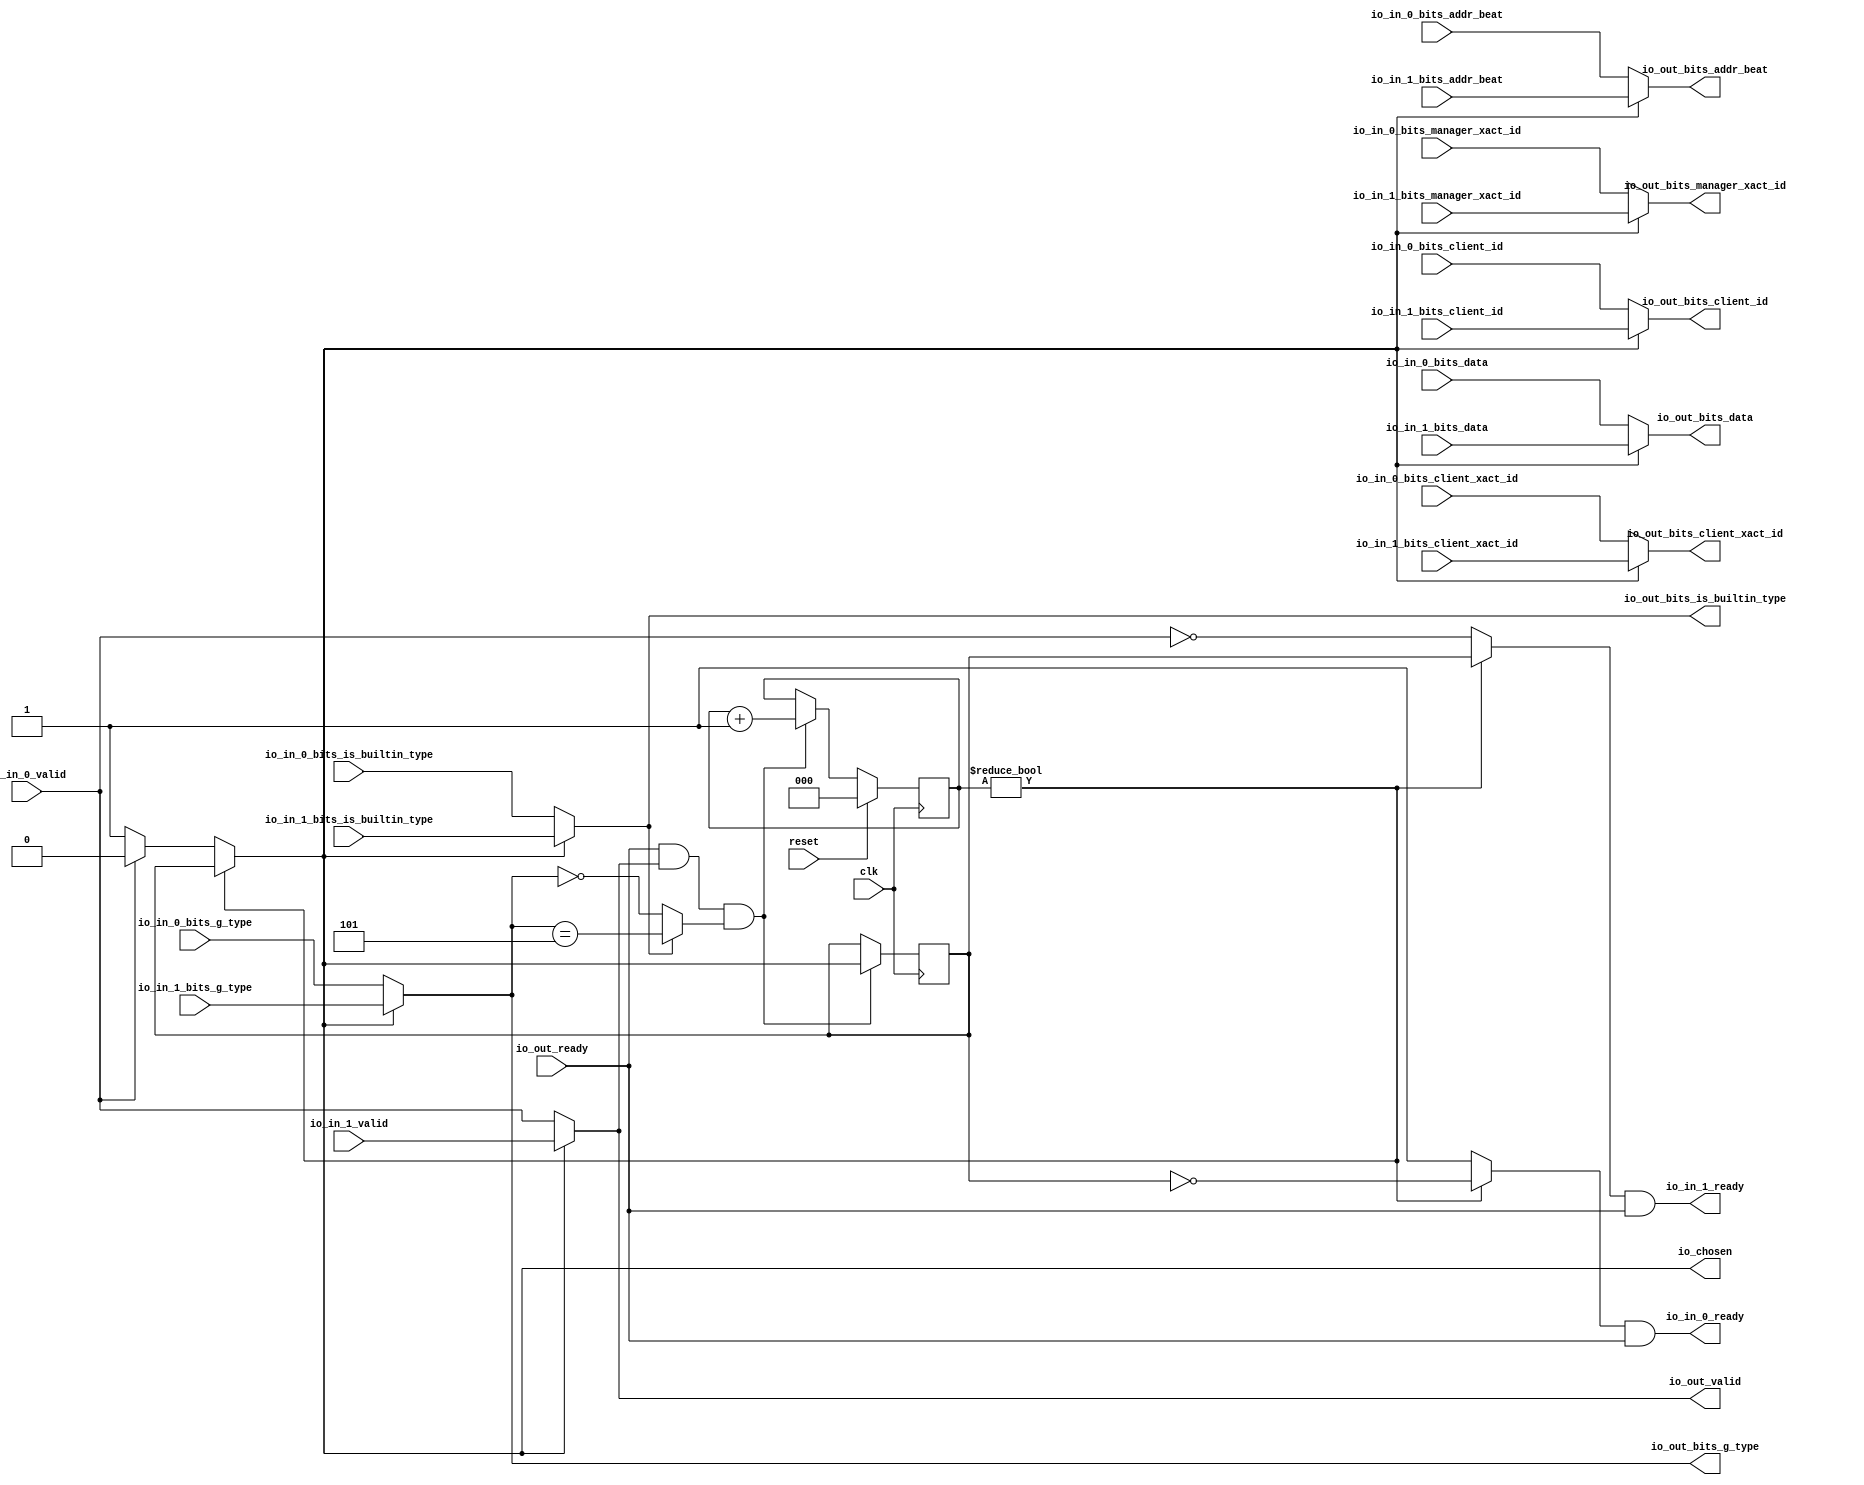
module LockingArbiter(
  input   clk,
  input   reset,
  output  io_in_0_ready,
  input   io_in_0_valid,
  input  [2:0] io_in_0_bits_addr_beat,
  input  [1:0] io_in_0_bits_client_xact_id,
  input   io_in_0_bits_manager_xact_id,
  input   io_in_0_bits_is_builtin_type,
  input  [3:0] io_in_0_bits_g_type,
  input  [63:0] io_in_0_bits_data,
  input   io_in_0_bits_client_id,
  output  io_in_1_ready,
  input   io_in_1_valid,
  input  [2:0] io_in_1_bits_addr_beat,
  input  [1:0] io_in_1_bits_client_xact_id,
  input   io_in_1_bits_manager_xact_id,
  input   io_in_1_bits_is_builtin_type,
  input  [3:0] io_in_1_bits_g_type,
  input  [63:0] io_in_1_bits_data,
  input   io_in_1_bits_client_id,
  input   io_out_ready,
  output  io_out_valid,
  output [2:0] io_out_bits_addr_beat,
  output [1:0] io_out_bits_client_xact_id,
  output  io_out_bits_manager_xact_id,
  output  io_out_bits_is_builtin_type,
  output [3:0] io_out_bits_g_type,
  output [63:0] io_out_bits_data,
  output  io_out_bits_client_id,
  output  io_chosen
);
  wire  choice;
  wire  GEN_0;
  wire  GEN_8;
  wire [2:0] GEN_1;
  wire [2:0] GEN_9;
  wire [1:0] GEN_2;
  wire [1:0] GEN_10;
  wire  GEN_3;
  wire  GEN_11;
  wire  GEN_4;
  wire  GEN_12;
  wire [3:0] GEN_5;
  wire [3:0] GEN_13;
  wire [63:0] GEN_6;
  wire [63:0] GEN_14;
  wire  GEN_7;
  wire  GEN_15;
  reg [2:0] T_766;
  reg [31:0] GEN_21;
  reg  T_768;
  reg [31:0] GEN_22;
  wire  T_770;
  wire [2:0] T_778_0;
  wire [3:0] GEN_20;
  wire  T_780;
  wire  T_781;
  wire  T_782;
  wire  T_784;
  wire  T_785;
  wire [3:0] T_789;
  wire [2:0] T_790;
  wire  GEN_16;
  wire [2:0] GEN_17;
  wire  GEN_18;
  wire  T_793;
  wire  T_795;
  wire  T_796;
  wire  T_797;
  wire  T_800;
  wire  T_801;
  wire  GEN_19;
  assign io_in_0_ready = T_797;
  assign io_in_1_ready = T_801;
  assign io_out_valid = GEN_0;
  assign io_out_bits_addr_beat = GEN_1;
  assign io_out_bits_client_xact_id = GEN_2;
  assign io_out_bits_manager_xact_id = GEN_3;
  assign io_out_bits_is_builtin_type = GEN_4;
  assign io_out_bits_g_type = GEN_5;
  assign io_out_bits_data = GEN_6;
  assign io_out_bits_client_id = GEN_7;
  assign io_chosen = GEN_18;
  assign choice = GEN_19;
  assign GEN_0 = GEN_8;
  assign GEN_8 = io_chosen ? io_in_1_valid : io_in_0_valid;
  assign GEN_1 = GEN_9;
  assign GEN_9 = io_chosen ? io_in_1_bits_addr_beat : io_in_0_bits_addr_beat;
  assign GEN_2 = GEN_10;
  assign GEN_10 = io_chosen ? io_in_1_bits_client_xact_id : io_in_0_bits_client_xact_id;
  assign GEN_3 = GEN_11;
  assign GEN_11 = io_chosen ? io_in_1_bits_manager_xact_id : io_in_0_bits_manager_xact_id;
  assign GEN_4 = GEN_12;
  assign GEN_12 = io_chosen ? io_in_1_bits_is_builtin_type : io_in_0_bits_is_builtin_type;
  assign GEN_5 = GEN_13;
  assign GEN_13 = io_chosen ? io_in_1_bits_g_type : io_in_0_bits_g_type;
  assign GEN_6 = GEN_14;
  assign GEN_14 = io_chosen ? io_in_1_bits_data : io_in_0_bits_data;
  assign GEN_7 = GEN_15;
  assign GEN_15 = io_chosen ? io_in_1_bits_client_id : io_in_0_bits_client_id;
  assign T_770 = T_766 != 3'h0;
  assign T_778_0 = 3'h5;
  assign GEN_20 = {{1'd0}, T_778_0};
  assign T_780 = io_out_bits_g_type == GEN_20;
  assign T_781 = io_out_bits_g_type == 4'h0;
  assign T_782 = io_out_bits_is_builtin_type ? T_780 : T_781;
  assign T_784 = io_out_ready & io_out_valid;
  assign T_785 = T_784 & T_782;
  assign T_789 = T_766 + 3'h1;
  assign T_790 = T_789[2:0];
  assign GEN_16 = T_785 ? io_chosen : T_768;
  assign GEN_17 = T_785 ? T_790 : T_766;
  assign GEN_18 = T_770 ? T_768 : choice;
  assign T_793 = io_in_0_valid == 1'h0;
  assign T_795 = T_768 == 1'h0;
  assign T_796 = T_770 ? T_795 : 1'h1;
  assign T_797 = T_796 & io_out_ready;
  assign T_800 = T_770 ? T_768 : T_793;
  assign T_801 = T_800 & io_out_ready;
  assign GEN_19 = io_in_0_valid ? 1'h0 : 1'h1;
`ifdef RANDOMIZE
  integer initvar;
  initial begin
    `ifndef verilator
      #0.002;
    `endif
  `ifdef RANDOMIZE
  GEN_21 = {1{$random}};
  T_766 = GEN_21[2:0];
  `endif
  `ifdef RANDOMIZE
  GEN_22 = {1{$random}};
  T_768 = GEN_22[0:0];
  `endif
  end
`endif
  always @(posedge clk) begin
    if(reset) begin
      T_766 <= 3'h0;
    end else begin
      if(T_785) begin
        T_766 <= T_790;
      end
    end
    if(1'h0) begin
    end else begin
      if(T_785) begin
        T_768 <= io_chosen;
      end
    end
  end
endmodule